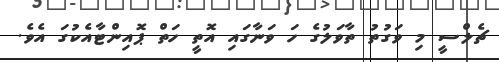
ޗެލްސީ މި ވަގުތު ތާވަލުގެ ހަ ވަނާގައި އޮތީ ހަތް ޕޮއިންޓާއެކުގަ އެވެ.